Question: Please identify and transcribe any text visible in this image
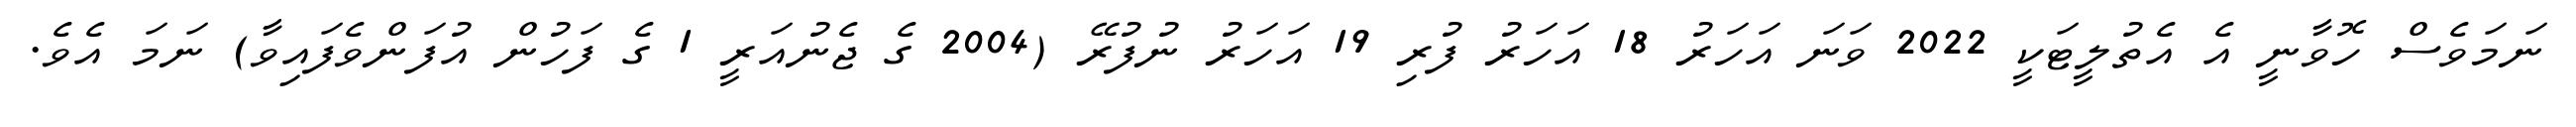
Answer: ނަމަވެސް ހޮވާނީ އެ އެތުލީޓަކީ 2022 ވަނަ އަހަރު 18 އަހަރު ފުރި 19 އަހަރު ނުފުރޭ (2004 ގެ ޖެނުއަރީ 1 ގެ ފަހުން އުފަންވެފައިވާ) ނަމަ އެވެ.